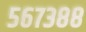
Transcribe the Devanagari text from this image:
५६७३८८